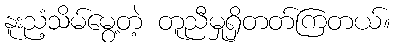
နူးညံ့သိမ်မွေ့တဲ့ တူညီမှုရှိတတ်ကြတယ်။